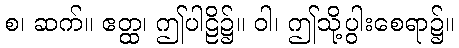
စ၊ ဆက်။ ဧတ္ထ၊ ဤပါဠိ၌။ ဝါ၊ ဤသို့ပွါးစေရာ၌။